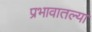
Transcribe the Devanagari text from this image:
प्रभावातल्या